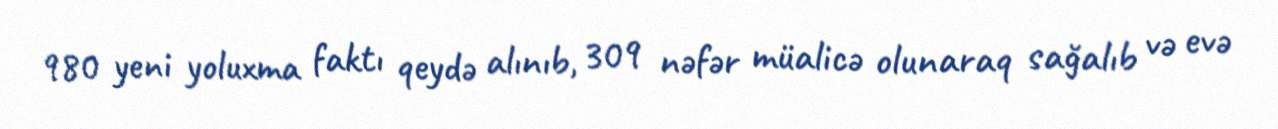
980 yeni yoluxma faktı qeydə alınıb, 309 nəfər müalicə olunaraq sağalıb və evə